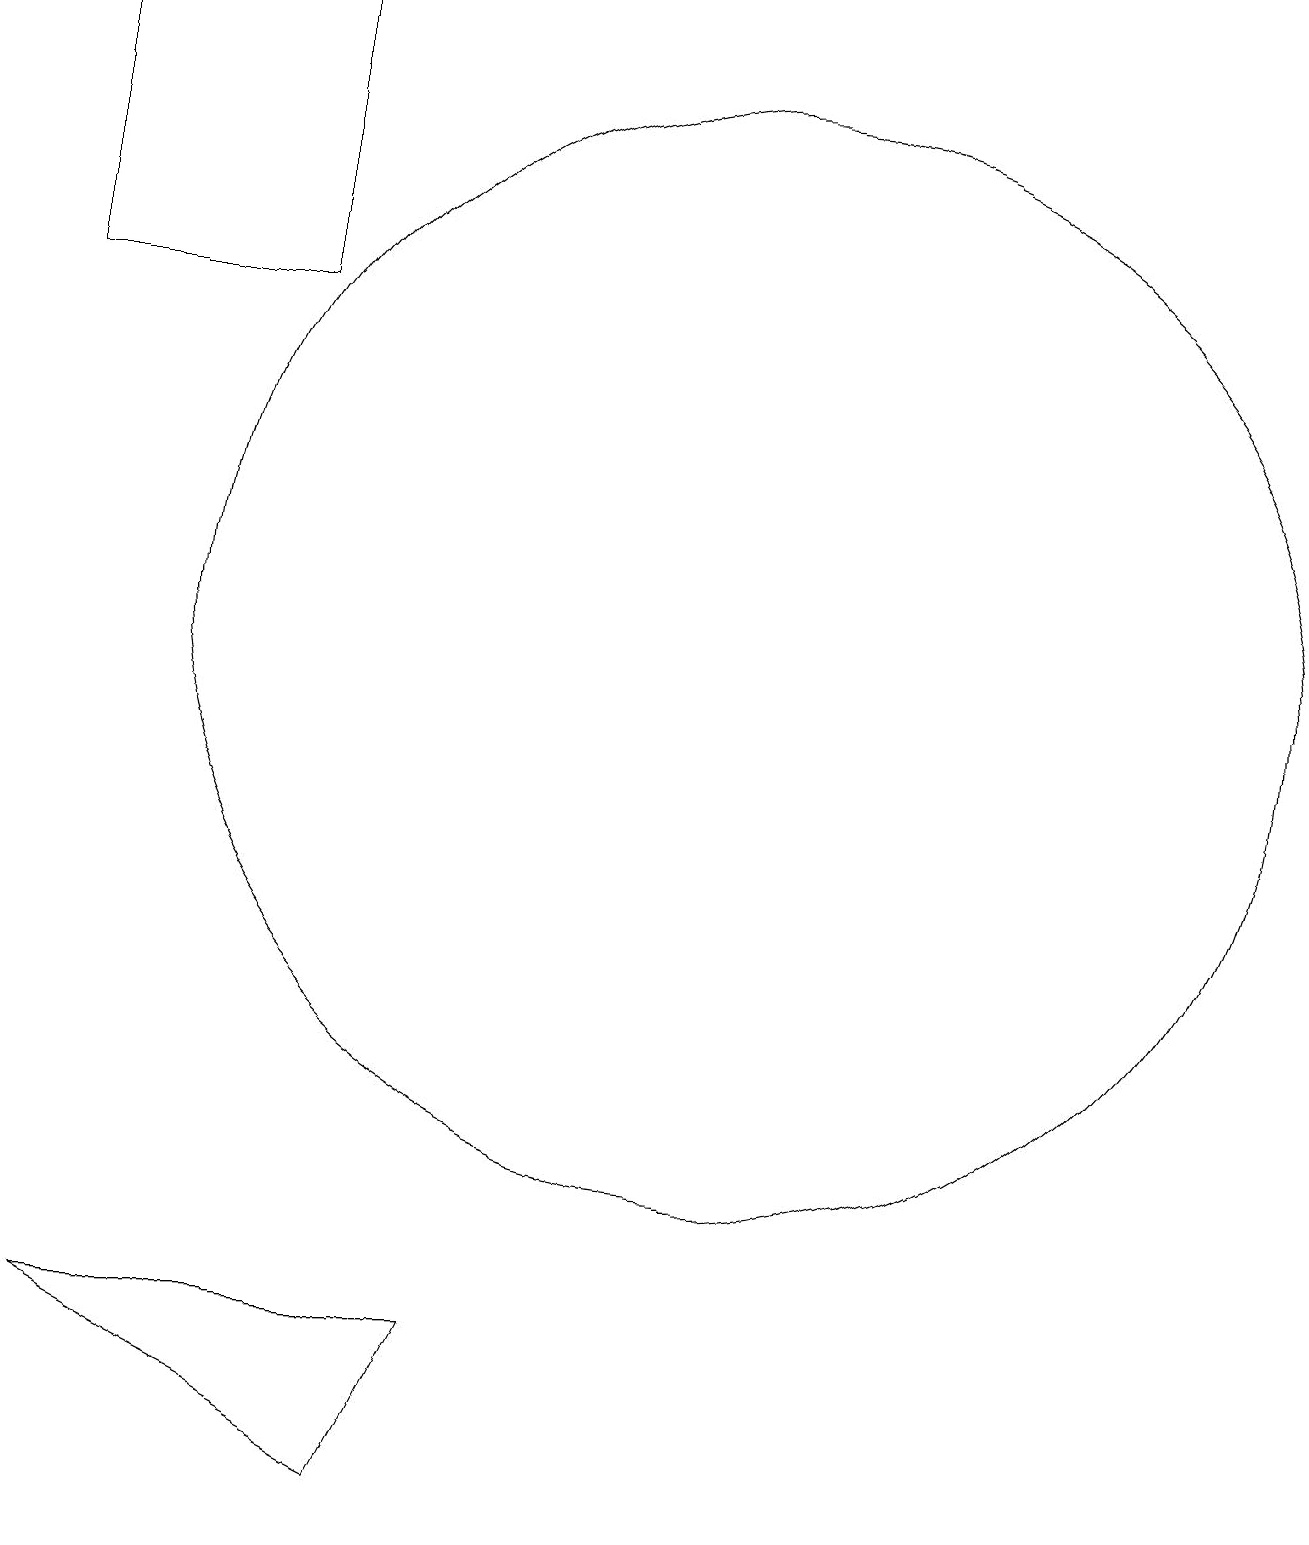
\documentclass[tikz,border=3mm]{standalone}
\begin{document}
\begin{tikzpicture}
\draw (7,0) -- (3,2) -- (8,2) -- cycle;
\draw (2,19) rectangle (5,15);
\draw (11,11) circle (7);
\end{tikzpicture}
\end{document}